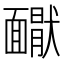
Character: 𩉇